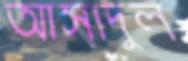
আসাদুল